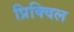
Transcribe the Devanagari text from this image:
प्रिक्विल